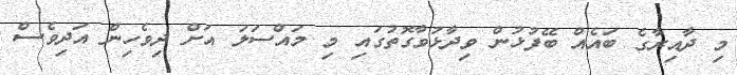
މި ދާއިރާގެ ބައެއް ބޭފުޅުން ވިދާޅުވާގޮތުގައި މި މައްސަލަ އަށް ދިވެހިން އަދިވެސް